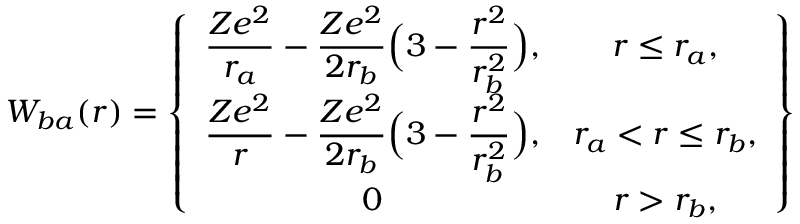
W _ { b a } ( r ) = \left\{ \begin{array} { c c } { \displaystyle \frac { Z e ^ { 2 } } { r _ { a } } - \frac { Z e ^ { 2 } } { 2 r _ { b } } \Big ( 3 - \frac { r ^ { 2 } } { r _ { b } ^ { 2 } } \Big ) , } & { r \leq r _ { a } , } \\ { \displaystyle \frac { Z e ^ { 2 } } { r } - \frac { Z e ^ { 2 } } { 2 r _ { b } } \Big ( 3 - \frac { r ^ { 2 } } { r _ { b } ^ { 2 } } \Big ) , } & { r _ { a } < r \leq r _ { b } , } \\ { 0 } & { r > r _ { b } , } \end{array} \right\}